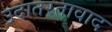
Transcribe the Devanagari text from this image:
उदातरतावाद